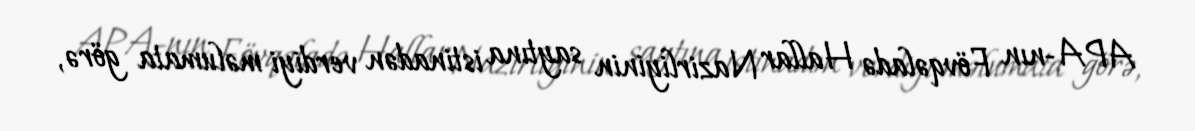
APA-nın Fövqəladə Hallar Nazirliyinin saytına istinadən verdiyi məlumata görə,